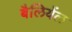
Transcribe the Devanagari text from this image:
बैलियेंल